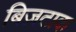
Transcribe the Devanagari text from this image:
बिज़टाक